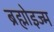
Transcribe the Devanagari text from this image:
ब्रह्मोइज्म